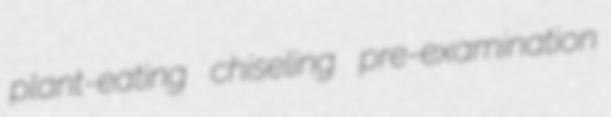
plant-eating chiseling pre-examination